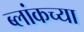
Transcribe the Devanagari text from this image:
ब्लांकच्या